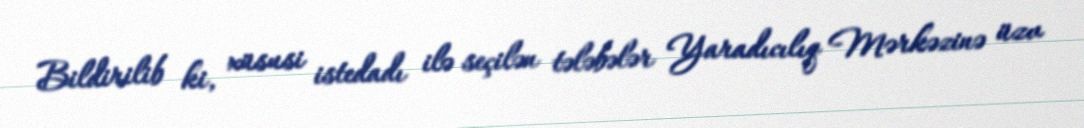
Bildirilib ki, xüsusi istedadı ilə seçilən tələbələr Yaradıcılıq Mərkəzinə üzv